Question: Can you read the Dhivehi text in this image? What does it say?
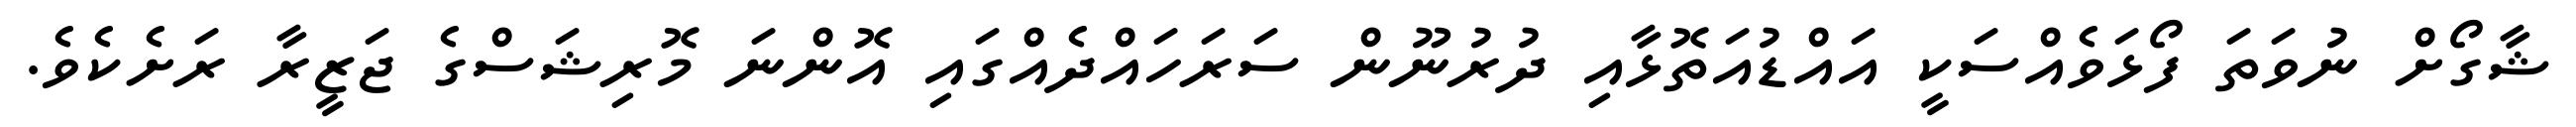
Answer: ޝާގޯށް ނުވަތަ ފޯޅަވެއްސަކީ އައްޑުއަތޮޅާއި ދުރުނޫން ސަރަހައްދެއްގައި އޮންނަ މޮރިޝަސްގެ ޖަޒީރާ ރަށެކެވެ.